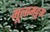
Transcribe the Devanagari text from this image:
मूलामट्टम